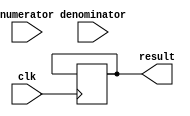
module Divider (
    input wire clk,
    input wire [31:0] numerator,
    input wire [31:0] denominator,
    output reg [31:0] result
);

reg [31:0] remainder;
reg [31:0] quotient;
reg [4:0] count;

always @ (posedge clk) begin
    if(count < 32) begin
        if(remainder >= denominator) begin
            remainder <= remainder - denominator;
            quotient[count] <= 1;
        end else begin
            quotient[count] <= 0;
        end
        remainder <= remainder << 1;
        remainder[0] <= numerator[31 - count];
        count <= count + 1;
    end
end

always @ (posedge clk) begin
    if(count == 32)
        result <= quotient;
end

endmodule